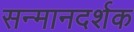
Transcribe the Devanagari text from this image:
सन्मानदर्शक